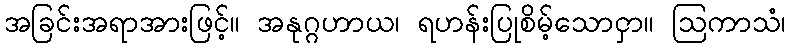
အခြင်းအရာအားဖြင့်။ အနုဂ္ဂဟာယ၊ ရဟန်းပြုစိမ့်သောငှာ။ ဩကာသံ၊